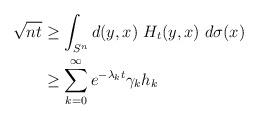
LaTeX: \begin{align*}\sqrt{nt}&\geq \int_{S^n}d(y,x)~H_t(y,x)~d\sigma(x)\\ &\geq \sum_{k=0}^\infty e^{-\lambda_kt}\gamma_kh_k\end{align*}